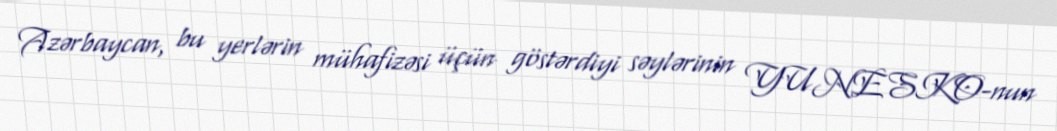
Azərbaycan, bu yerlərin mühafizəsi üçün göstərdiyi səylərinin YUNESKO-nun